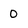
Character: 0